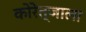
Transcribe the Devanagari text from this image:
कोरेत्जाला